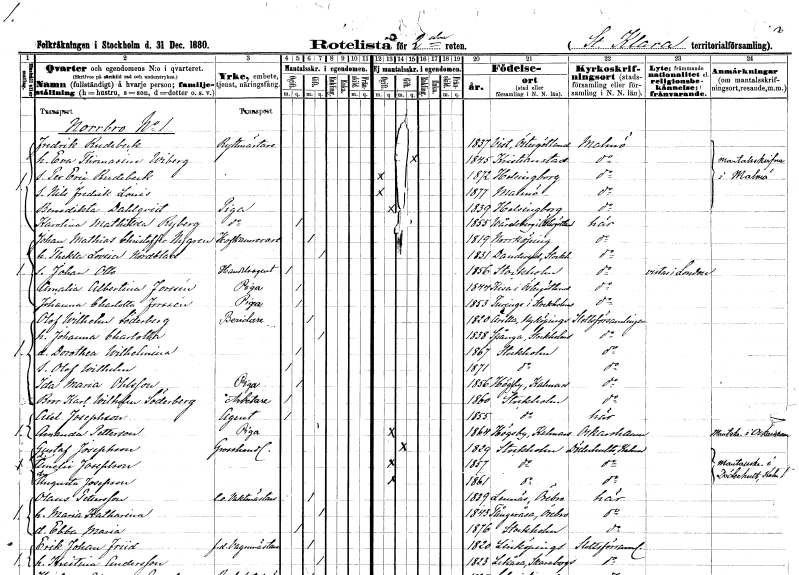
gt_parse: households: individuals: FN: Fredrik
EN: Rudebeck
YRKE: Ryttmästare
KON: M
CIV: G
FODAR: 1837
FODFORS: Vist Östergötlands län
FN: Eva Thomasine
EN: Wiberg
KON: K
CIV: G
FODAR: 1845
FODFORS: Kristianstad Kristianstads län
FN: Per Eric
EN: Rudebeck
KON: M
CIV: O
FODAR: 1872
FODFORS: Helsingborg Malmöhus län
FN: Nils Fredrik Louis
KON: M
CIV: O
FODAR: 1877
FODFORS: Malmö Malmöhus län
FN: Benedikta
EN: Dahlqvist
YRKE: Piga
KON: K
CIV: O
FODAR: 1839
FODFORS: Helsingborg Malmöhus län
FN: Karolina Mathilda
EN: Ryberg
YRKE: Piga
KON: K
CIV: O
FODAR: 1855
FODFORS: Vårdsberg Östergötlands län
FN: Johan Mathias Christoffer
EN: Nygren
YRKE: Hovkamrer
KON: M
CIV: G
FODAR: 1819
FODFORS: Norrköping Östergötlands län
FN: Thekla Lovisa
EN: Nordblad
KON: K
CIV: G
FODAR: 1831
FODFORS: Danderyd Stockholms län
FN: Johan Otto
YRKE: Handelsagent
KON: M
CIV: O
FODAR: 1856
FODFORS: Stockholm
FN: Amalia Albertina
EN: Forssén
YRKE: Piga
KON: K
CIV: O
FODAR: 1844
FODFORS: Kisa Östergötlands län
FN: Johanna Charlotta
EN: Forssén
YRKE: Piga
KON: K
CIV: O
FODAR: 1853
FODFORS: Turinge Stockholms län
FN: Olof Wilhelm
EN: Söderberg
YRKE: Beridare
KON: M
CIV: G
FODAR: 1820
FODFORS: Ärla Södermanlands län
FN: Johanna Charlotta
KON: K
CIV: G
FODAR: 1838
FODFORS: Spånga Stockholms län
FN: Dorothea Wilhelmina
KON: K
CIV: O
FODAR: 1867
FODFORS: Stockholm
FN: Olof Wilhelm
KON: M
CIV: O
FODAR: 1871
FODFORS: Stockholm
FN: Ida Maria
EN: Ohlsson
YRKE: Piga
KON: K
CIV: O
FODAR: 1856
FODFORS: Högby Kalmar län
FN: Bror Karl Wilhelm
EN: Söderberg
YRKE: Arbetare
KON: M
CIV: O
FODAR: 1860
FODFORS: Stockholm
FN: Axel
EN: Josephson
YRKE: Agent
KON: M
CIV: O
FODAR: 1855
FODFORS: Stockholm
FN: Amanda
EN: Petterson
YRKE: Piga
KON: K
CIV: O
FODAR: 1864
FODFORS: Högsby Kalmar län
FN: Gustaf
EN: Josephson
YRKE: Grosshandlare
KON: M
CIV: G
FODAR: 1829
FODFORS: Stockholm
FN: Amelie
EN: Josephson
KON: K
CIV: O
FODAR: 1857
FODFORS: Stockholm
FN: Augusta
EN: Josephson
KON: K
CIV: O
FODAR: 1861
FODFORS: Stockholm
FN: Olaus
EN: Petersson
YRKE: Vaktmästare e.o.
KON: M
CIV: G
FODAR: 1839
FODFORS: Lännäs Örebro län
FN: Maria Katharina
KON: K
CIV: G
FODAR: 1843
FODFORS: Tångeråsa Örebro län
FN: Ebba Maria
KON: K
CIV: O
FODAR: 1876
FODFORS: Stockholm